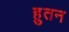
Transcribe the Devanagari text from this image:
हुतन